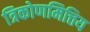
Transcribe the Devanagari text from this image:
त्रिकोणमित्तिय